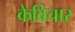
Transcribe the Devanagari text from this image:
केविचार